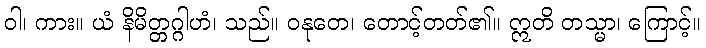
ဝါ၊ ကား။ ယံ နိမိတ္တဂ္ဂါဟံ၊ သည်။ ဝနုတေ၊ တောင့်တတ်၏။ ဣတိ တသ္မာ၊ ကြောင့်။